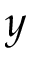
y